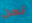
نحن